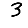
Digit: 3